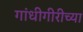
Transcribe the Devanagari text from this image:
गांधीगीरीच्या